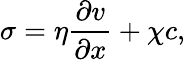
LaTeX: \sigma=\eta\frac{\partial v}{\partial x}+\chi c,